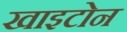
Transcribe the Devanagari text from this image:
खाइटोन